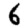
Digit: 6